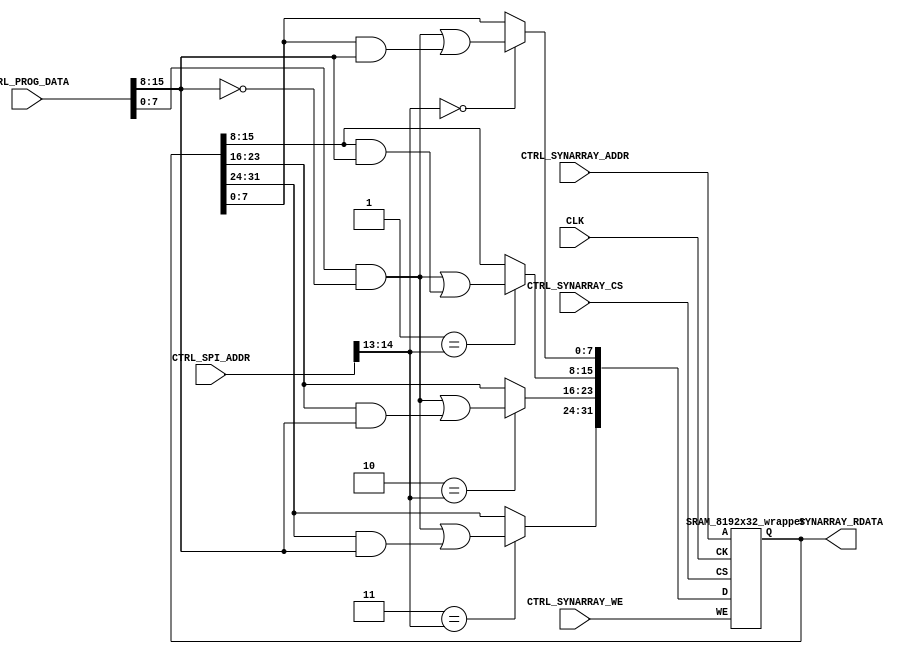
// Copyright (C) 2019-2022, Universit catholique de Louvain (UCLouvain, Belgium), University of Zrich (UZH, Switzerland),
//         Katholieke Universiteit Leuven (KU Leuven, Belgium), and Delft University of Technology (TU Delft, Netherlands).
// SPDX-License-Identifier: Apache-2.0 WITH SHL-2.1
//
// Licensed under the Solderpad Hardware License v 2.1 (the License); you may not use this file except in compliance
// with the License, or, at your option, the Apache License version 2.0. You may obtain a copy of the License at
// https://solderpad.org/licenses/SHL-2.1/
//
// Unless required by applicable law or agreed to in writing, any work distributed under the License is distributed on
// an AS IS BASIS, WITHOUT WARRANTIES OR CONDITIONS OF ANY KIND, either express or implied. See the License for the
// specific language governing permissions and limitations under the License.
//
//------------------------------------------------------------------------------
//
// "synaptic_core.v" - File containing the time-multiplexed synaptic array based on 4-bit-weight fixed synapses
//                     (as opposed to ODIN, which had 3-bit-weight synapses with SDSP online learning)
// 
// Project: tinyODIN - A low-cost digital spiking neuromorphic processor adapted from ODIN.
//
//
// Cite/paper: C. Frenkel, M. Lefebvre, J.-D. Legat and D. Bol, "A 0.086-mm 12.7-pJ/SOP 64k-Synapse 256-Neuron Online-Learning
//             Digital Spiking Neuromorphic Processor in 28-nm CMOS," IEEE Transactions on Biomedical Circuits and Systems,
//             vol. 13, no. 1, pp. 145-158, 2019.
//
//------------------------------------------------------------------------------


module synaptic_core #(
    parameter N = 256,
    parameter M = 8
)(
    
    // Global inputs ------------------------------------------
    input  wire           CLK,
    
    // Inputs from controller ---------------------------------
    input  wire           CTRL_SYNARRAY_WE,
    input  wire [   12:0] CTRL_SYNARRAY_ADDR,
    input  wire           CTRL_SYNARRAY_CS,
    input  wire [2*M-1:0] CTRL_PROG_DATA,
    input  wire [2*M-1:0] CTRL_SPI_ADDR,
    
    // Outputs ------------------------------------------------
    output wire [   31:0] SYNARRAY_RDATA
);

    // Internal regs and wires definitions
    wire [   31:0] synarray_wdata;
    
    genvar i;
    

    // Updated or configured weights to be written to the synaptic memory

    generate
        for (i=0; i<4; i=i+1) begin
            assign synarray_wdata[(i<<3)+7:(i<<3)] = (i == CTRL_SPI_ADDR[14:13])
                                                   ? ((CTRL_PROG_DATA[M-1:0] & ~CTRL_PROG_DATA[2*M-1:M]) | (SYNARRAY_RDATA[(i<<3)+7:(i<<3)] & CTRL_PROG_DATA[2*M-1:M]))
                                                   : SYNARRAY_RDATA[(i<<3)+7:(i<<3)];
        end
    endgenerate
    
    
    // Synaptic memory wrapper

    SRAM_8192x32_wrapper synarray_0 (
        
        // Global inputs
        .CK         (CLK),
	
		// Control and data inputs
		.CS         (CTRL_SYNARRAY_CS),
		.WE         (CTRL_SYNARRAY_WE),
		.A			(CTRL_SYNARRAY_ADDR),
		.D			(synarray_wdata),
		
		// Data output
		.Q			(SYNARRAY_RDATA)
    );


endmodule




module SRAM_8192x32_wrapper (

    // Global inputs
    input         CK,                       // Clock (synchronous read/write)

    // Control and data inputs
    input         CS,                       // Chip select
    input         WE,                       // Write enable
    input  [12:0] A,                        // Address bus 
    input  [31:0] D,                        // Data input bus (write)

    // Data output
    output [31:0] Q                         // Data output bus (read)   
);


    /*
     *  Simple behavioral code for simulation, to be replaced by a 8192-word 32-bit SRAM macro 
     *  or Block RAM (BRAM) memory with the same format for FPGA implementations.
     */      
        reg [31:0] SRAM[8191:0];
        reg [31:0] Qr;
        always @(posedge CK) begin
            Qr <= CS ? SRAM[A] : Qr;
            if (CS & WE) SRAM[A] <= D;
        end
        assign Q = Qr;
    
endmodule